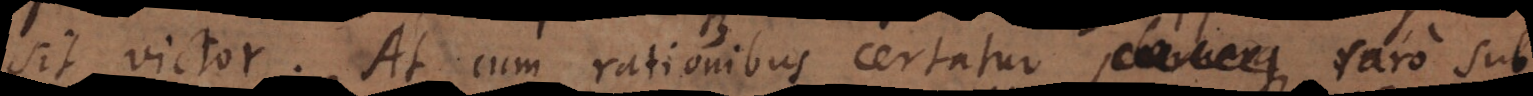
sit victor. At cum rationibus certatur plerumque raro sub